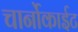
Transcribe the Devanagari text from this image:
चार्नोकाईट